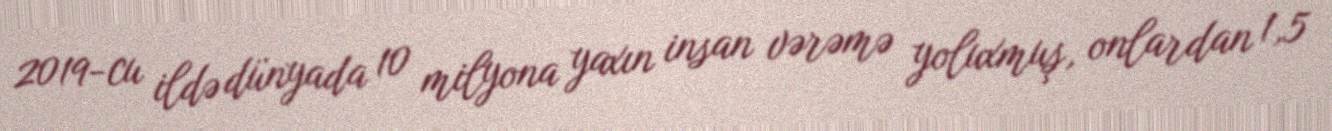
2019-cu ildə dünyada 10 milyona yaxın insan vərəmə yoluxmuş, onlardan 1,5